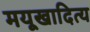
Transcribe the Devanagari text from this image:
मयूखादित्य